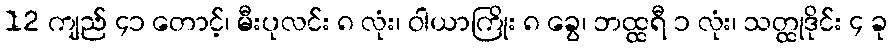
12 ကျည် ၄၁ တောင့်၊ မီးပုလင်း ၈ လုံး၊ ဝါယာကြိုး ၈ ခွေ၊ ဘထ္ထရီ ၁ လုံး၊ သတ္ထုဒိုင်း ၄ ခု